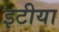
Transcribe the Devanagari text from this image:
इटीया